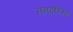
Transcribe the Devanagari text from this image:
समदरिया